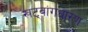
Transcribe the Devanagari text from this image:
खट्‌वांगधारण